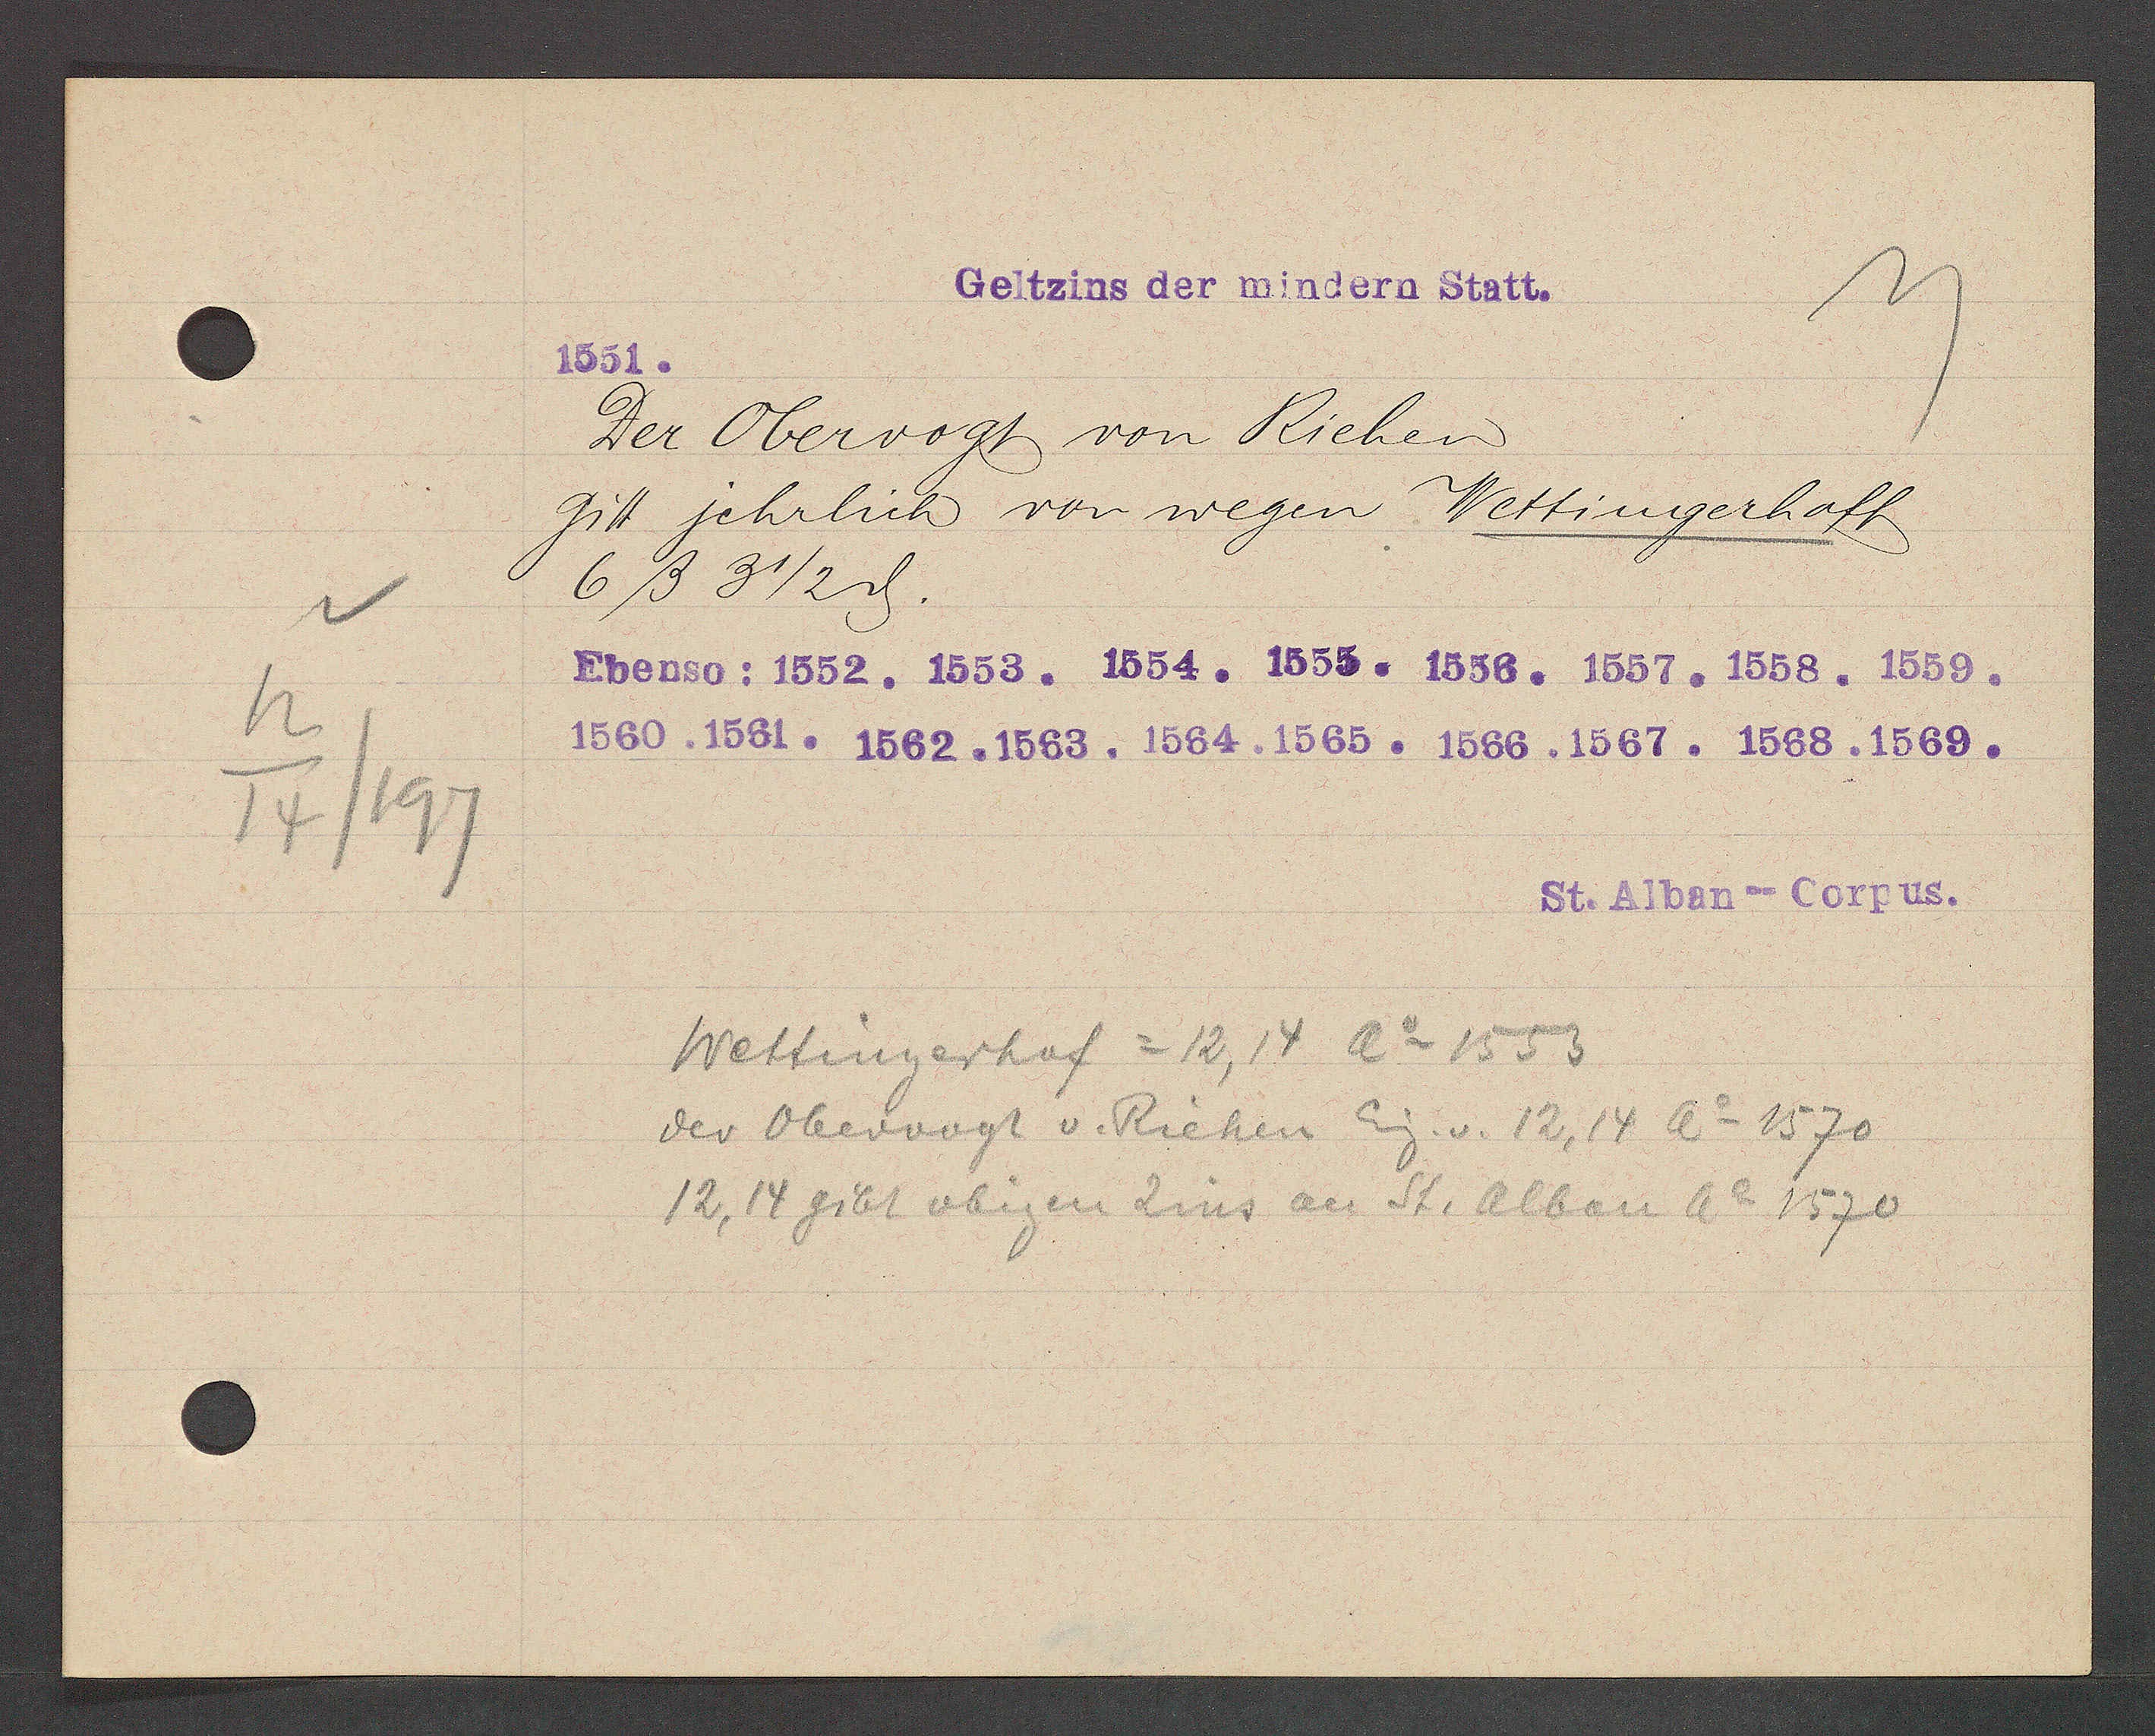
Transcript:
12
14/197

Geltzins der mindern Statt.

1551.
Der Obervogt von Riehen
gitt jehrlich von wegen Wettingerhoff
6ß 3 1/2 ȡ.
Ebenso: 1552. 1553. 1554. 1555. 1556. 1557. 1558. 1559.
1560. 1561. 1562. 1563. 1564. 1565. 1566. 1567. 1568. 1569.

St. Alban--Corpus.

Wettingerhof = 12, 14 Ao 1553
der Obervogt v. Riehen Eig. v. 12, 14 Ao 1570
12, 14 gibt obigen Zins an St. Alban Ao 1570